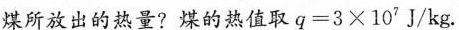
煤所放出的热量?煤的热值取$$q=3×10^{7}J/kg$$.